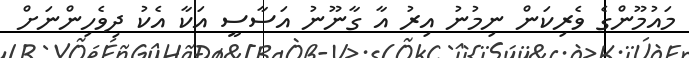
މައުމޫންގެ ވެރިކަން ނިމުނު އިރު އާ ގާނޫނު އަސާސީ އަކާ އެކު ދިވެހިންނަށް